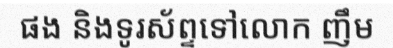
ផង និងទូរស័ព្ទទៅលោក ញឹម